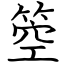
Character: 箜